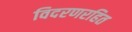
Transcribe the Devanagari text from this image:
विदरणरहित